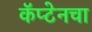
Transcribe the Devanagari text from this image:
कॅप्टेनचा